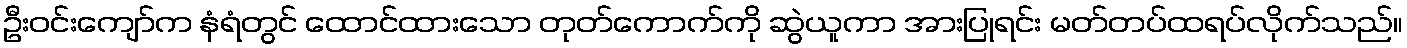
ဦးဝင်းကျော်က နံရံတွင် ထောင်ထားသော တုတ်ကောက်ကို ဆွဲယူကာ အားပြုရင်း မတ်တပ်ထရပ်လိုက်သည်။